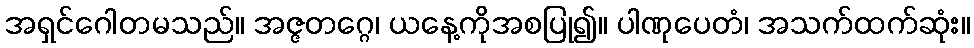
အရှင်ဂေါတမသည်။ အဇ္ဇတဂ္ဂေ၊ ယနေ့ကိုအစပြု၍။ ပါဏုပေတံ၊ အသက်ထက်ဆုံး။